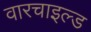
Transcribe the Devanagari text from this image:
वारचाइल्ड